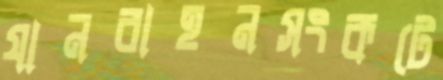
যানবাহনসংকটে